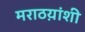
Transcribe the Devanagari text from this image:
मराठय़ांशी